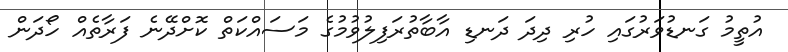
އުތީމު ގަނޑުވަރުގައި ހުރި ދިދަ ދަނޑި އާބާތުރަފިލުވުމުގެ މަސައްކަތް ކޮށްދޭނެ ފަރާތެއް ހޯދަން